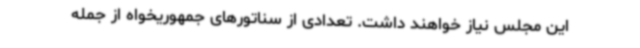
این مجلس نیاز خواهند داشت. تعدادی از سناتورهای جمهوریخواه از جمله